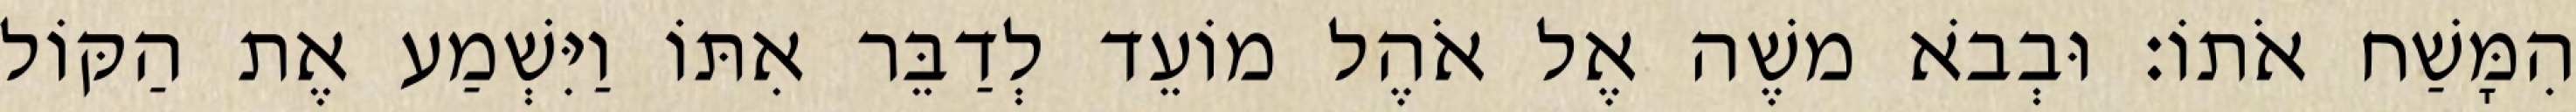
הִמָּשַׁח אֹתוֹ׃ וּבְבֹא משֶׁה אֶל אֹהֶל מוֹעֵד לְדַבֵּר אִתּוֹ וַיִּשְׁמַע אֶת הַקּוֹל